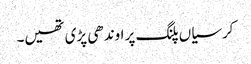
کرسیاں پلنگ پر اوندھی پڑی تھیں۔